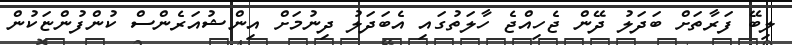
ލިބޭ ފަރާތަށް ބަދަލު ދޭން ޖެހިއްޖެ ހާލަތުގައި އެބަދަލު ދިނުމަށް އިންޝުއަރެންސް ކުންފުންޏަކުން